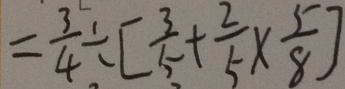
= \frac { 3 } { 4 } \div [ \frac { 3 } { 5 } + \frac { 2 } { 5 } \times \frac { 5 } { 8 } ]